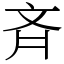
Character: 斉